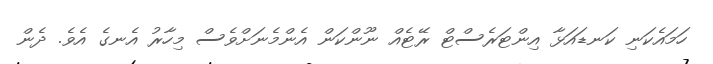
ހަމައެކަނި ކަނޑައަޅާ އިންޓަރެސްޓް ރޭޓެއް ނޫންކަން އެންމެނަށްވެސް މިހާރު އެނގެ އެވެ. ދެން